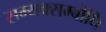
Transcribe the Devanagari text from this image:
सम्यक्सम्बोधि